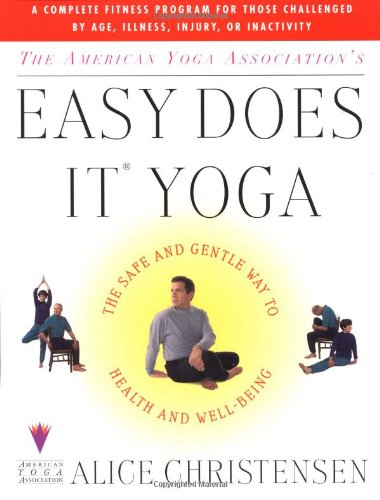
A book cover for The American Yoga Association's Easy Does It Yoga : The Safe and Gentle Way to Health and Well-Being; Alice Christensen; Health, Fitness & Dieting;